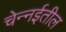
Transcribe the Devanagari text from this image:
चेन्‍नईतील